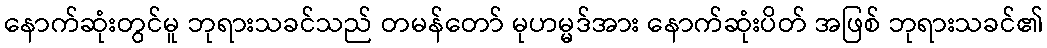
နောက်ဆုံးတွင်မူ ဘုရားသခင်သည် တမန်တော် မုဟမ္မဒ်အား နောက်ဆုံးပိတ် အဖြစ် ဘုရားသခင်၏